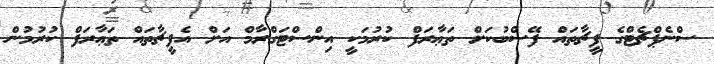
ސްނެޕްޗެޓްގެ ފީޗާތައް ފޭސްބުކަށް ތަޢާރަފް ކުރުމަކީ އިންސްޓަގްރާމް އަށް އެފީޗާތައް ތަޢާރަފް ކުރުމުން